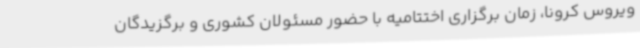
ویروس کرونا، زمان برگزاری اختتامیه با حضور مسئولان کشوری و برگزیدگان